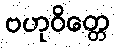
ဗဟုဝိတ္တေ